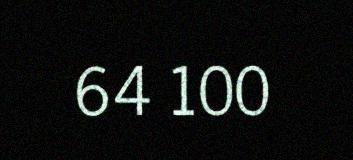
64 100